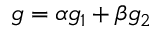
g = \alpha g _ { 1 } + \beta g _ { 2 }